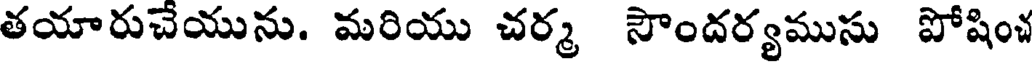
తయారుచేయును. మరియు చర్మ సౌందర్యముసు పోషించ